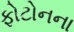
ફોટોનના